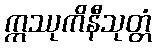
ဣဿုကိနီသုတ္တံ